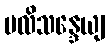
ပလိသန္ဒေယျ